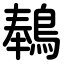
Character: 䳞